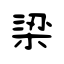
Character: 梁